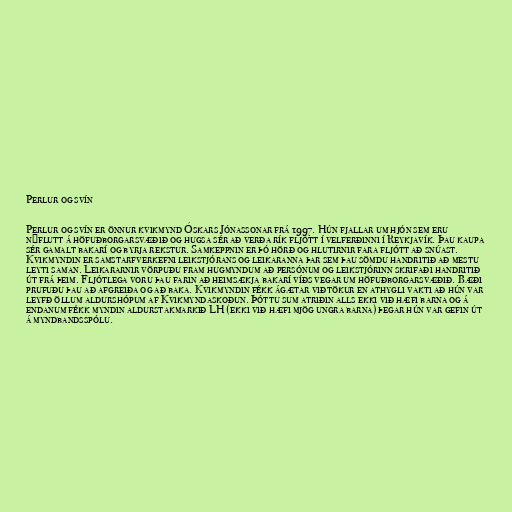
Perlur og svín

Perlur og svín er önnur kvikmynd Óskars Jónassonar frá 1997. Hún fjallar um hjón sem eru
nýflutt á höfuðborgarsvæðið og hugsa sér að verða rík fljótt í velferðinni í Reykjavík. Þau kaupa
sér gamalt bakarí og byrja rekstur. Samkeppnin er þó hörð og hlutirnir fara fljótt að snúast.
Kvikmyndin er samstarfverkefni leikstjórans og leikaranna þar sem þau sömdu handritið að mestu
leyti saman. Leikararnir vörpuðu fram hugmyndum að persónum og leikstjórinn skrifaði handritið
út frá þeim. Fljótlega voru þau farin að heimsækja bakarí víðs vegar um höfuðborgarsvæðið. Bæði
prufuðu þau að afgreiða og að baka. Kvikmyndin fékk ágætar viðtökur en athygli vakti að hún var
leyfð öllum aldurshópum af Kvikmyndaskoðun. Þóttu sum atriðin alls ekki við hæfi barna og á
endanum fékk myndin aldurstakmarkið LH (ekki við hæfi mjög ungra barna) þegar hún var gefin út
á myndbandsspólu.